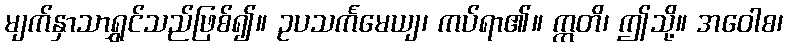
မျက်နှာသာရွှင်သည်ဖြစ်၍။ ဥပသင်္ကမေယျ၊ ကပ်ရာ၏။ ဣတိ၊ ဤသို့။ အဝေါစ၊